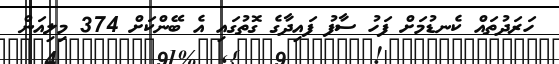
ހަރަދުތައް ކެނޑުމަށް ފަހު ސާފު ފައިދާގެ ގޮތުގައި އެ ބޭންކަށް 374 މިލިއަން